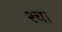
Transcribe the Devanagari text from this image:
२चा